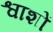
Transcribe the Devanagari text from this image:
श्वाशों